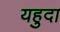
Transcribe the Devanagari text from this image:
यहुदा